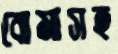
বোমাসহ